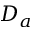
D _ { a }